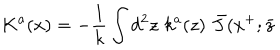
K ^ { a } ( x ) = - { \frac { 1 } { k } } \int d ^ { 2 } z \, \, k ^ { a } ( z ) \, \, \bar { J } ( x ^ { + } ; \bar { z }